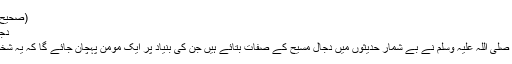
(صحیح مسلم؍2899)
دجال کی صفات:
اللہ کے رسول صلی اللہ علیہ وسلم نے بے شمار حدیثوں میں دجال مسیح کے صفات بتائے ہیں جن کی بنیاد پر ایک مومن پہچان جائے گا کہ یہ شخص دجال ہے ۔